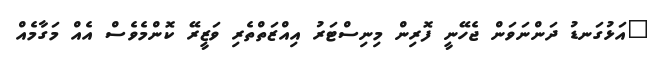
"އަޅުގަނޑު ދަންނަވަން ޖެހޭނީ ފޮރިން މިނިސްޓަރު އިއްޒަތްތެރި ވަޒީރޭ ކޮންމެވެސް އެއް މަގާމެއް